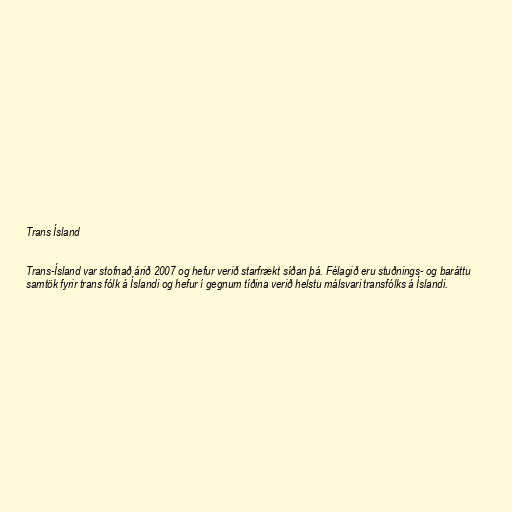
Trans Ísland

Trans-Ísland var stofnað árið 2007 og hefur verið starfrækt síðan þá. Félagið eru stuðnings- og baráttu
samtök fyrir trans fólk á Íslandi og hefur í gegnum tíðina verið helstu málsvari transfólks á Íslandi.